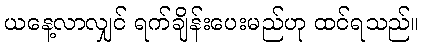
ယနေ့လာလျှင် ရက်ချိန်းပေးမည်ဟု ထင်ရသည်။